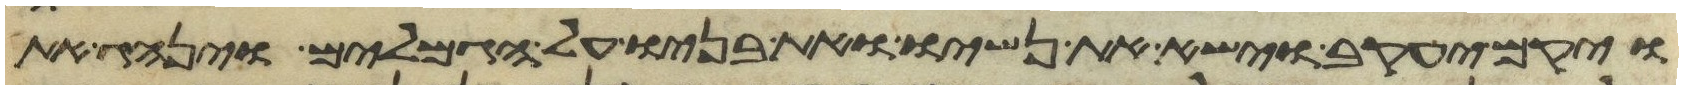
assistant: ויקם יעקב וישא את נשיו ואת בניו על הגמלים וינהג את